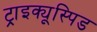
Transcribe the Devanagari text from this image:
ट्राइक्यूस्पिड